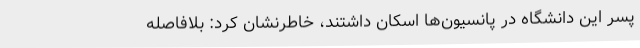
پسر این دانشگاه در پانسیون‌ها اسکان داشتند، خاطرنشان کرد: بلافاصله